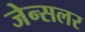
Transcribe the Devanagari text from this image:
जेन्सलर